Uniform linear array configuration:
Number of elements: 16
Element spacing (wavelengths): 0.25
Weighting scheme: kaiser
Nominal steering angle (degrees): -30
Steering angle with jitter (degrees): -30.866
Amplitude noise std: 0.05
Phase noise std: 0.05

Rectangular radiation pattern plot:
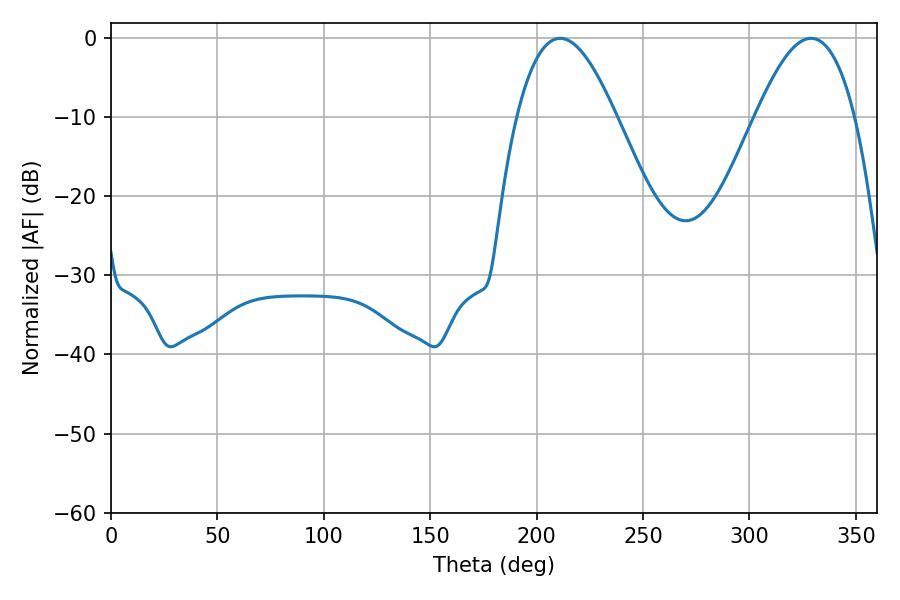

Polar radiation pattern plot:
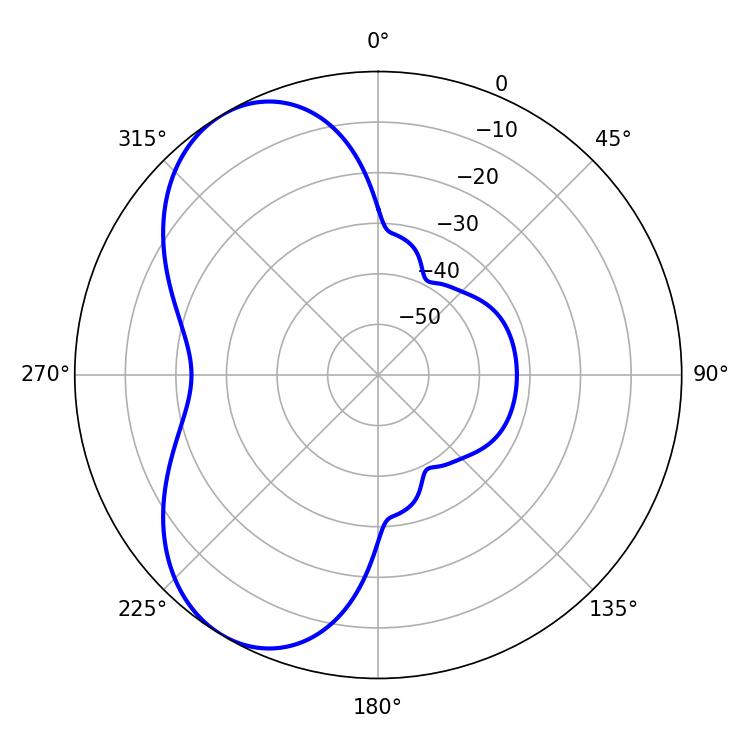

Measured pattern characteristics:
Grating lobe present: FALSE
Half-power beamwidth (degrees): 25.38
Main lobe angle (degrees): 211.14